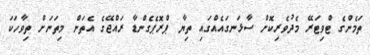
ތަމެންގެ ޓްވިޓަރޭ މެދުވެރިކޮށް ސާޅަނގައެއްގައި ތިޔާ ޕްރޮޕެގެންޑާ ރައްޖޭގެ އެތަން މިތަނަށް ތިވާހަކަ